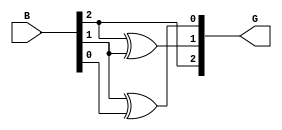
module gray_code_encoder (
    input  wire [2:0] B,  // 3-bit binary input
    output wire [2:0] G   // 3-bit Gray code output
);

// Gray code conversion logic
assign G[2] = B[2];         // G2 = B2
assign G[1] = B[2] ^ B[1];  // G1 = B2 XOR B1
assign G[0] = B[1] ^ B[0];  // G0 = B1 XOR B0

endmodule